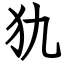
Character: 犰